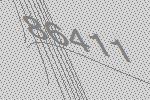
86411